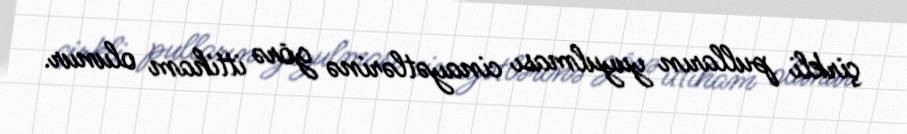
çirkli pulların yuyulması cinayətlərinə görə ittiham olunur.